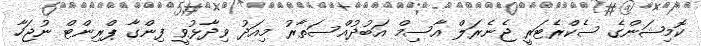
ކޮމިޝަންގެ ސެކްރެޓަރީ ޖެނެރަލް އާސިމް އަބުދުއްސަތާރު މިއަދު ވިދާޅުވީ ފިންގާ ޕްރިންޓް ނުޖަހާ